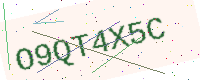
Text: O9QT4X5C